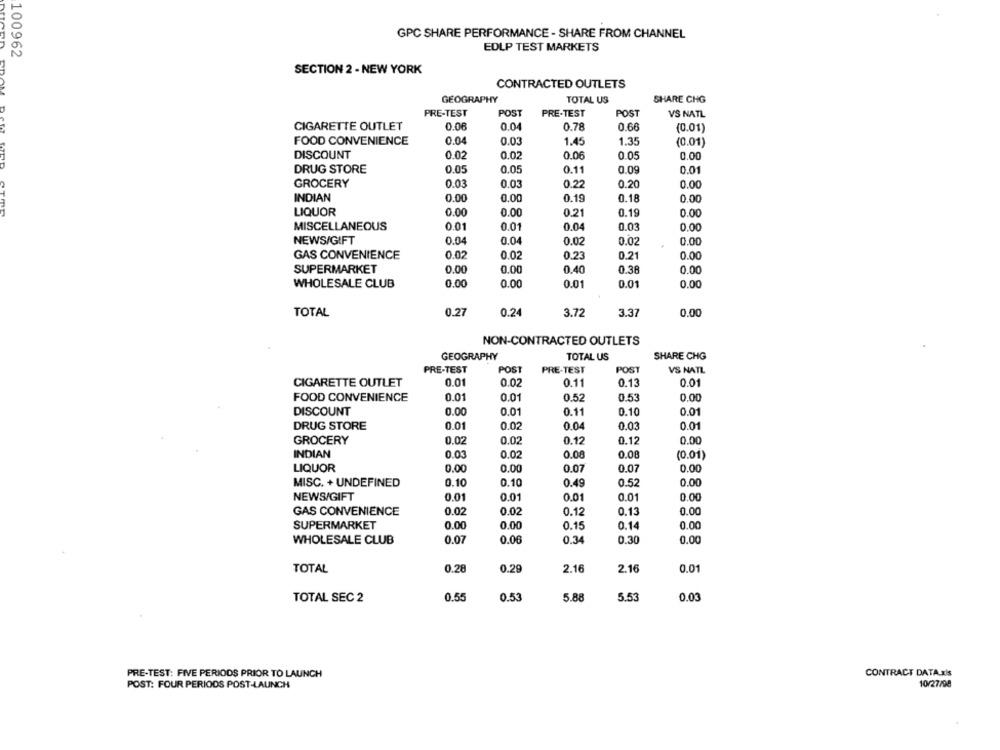
GPC SHARE PERFORMANCE - SHARE FROM CHANNEL
100962
EDLP TEST MARKETS
SECTION 2 - NEW YORK
CONTRACTED OUTLETS
SHARE CHG
GEOGRAPHY
TOTAL US
PRE-TEST
POST
PRE-TEST
POST
VS NATL
CIGARETTE OUTLET
0.06
0.04
0.78
0.66
(0.01)
FOOD CONVENIENCE
0.04
0.03
1.45
1.35
(0.01)
DISCOUNT
0.02
0.02
0.06
0.05
0.00
DRUG STORE
0.05
0.05
0.11
0.09
0.01
GROCERY
0.03
0.03
0.22
0.20
0.00
INDIAN
0.00
0.00
0.19
0.18
0.00
LIQUOR
0.00
0.00
0.21
0.19
0.00
MISCELLANEOUS
0.01
0.01
0.04
0.03
0.00
NEWS/GIFT
0.04
0.04
0.02
0.00
0.02
GAS CONVENIENCE
0.02
0.02
0.23
0.21
0.00
SUPERMARKET
0.00
0.00
0.40
0.38
0.00
WHOLESALE CLUB
0.00
0.00
0.01
0.01
0.00
TOTAL
0.27
0.24
3.72
3.37
0.00
NON-CONTRACTED OUTLETS
GEOGRAPHY
TOTAL US
SHARE CHG
PRE-TEST
POST
PRE-TEST
POST
VS NATL
CIGARETTE OUTLET
0.01
0.02
0.11
0.13
0.01
FOOD CONVENIENCE
0.01
0.01
0.52
0.53
0.00
DISCOUNT
0.00
0.01
0.11
0.10
0.01
DRUG STORE
0.01
0.02
0.04
0.03
0.01
GROCERY
0.02
0.02
0.12
0.12
0.00
INDIAN
0.03
0.02
0.08
0.08
(0.01)
LIQUOR
0.00
0.00
0.07
0.07
0.00
MISC. + UNDEFINED
0.10
0.10
0.49
0.52
0.00
NEWS/GIFT
0.01
0.01
0.01
0.01
0.00
0.02
0.12
0.13
0.00
GAS CONVENIENCE
0.02
SUPERMARKET
0.00
0.00
0.15
0.14
0.00
WHOLESALE CLUB
0.07
0.06
0.34
0.30
0.00
TOTAL
0.28
0.29
2.16
2.16
0.01
TOTAL SEC 2
0.55
0.53
5.88
5.53
0.03
PRE-TEST: FIVE PERIODS PRIOR TO LAUNCH
CONTRACT DATA xis
POST: FOUR PERIODS POST-LAUNCH
10/27/98